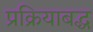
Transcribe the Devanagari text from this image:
प्रक्रियाबद्ध